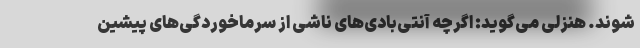
شوند. هنزلی می‌گوید: اگرچه آنتی‌بادی‌های ناشی از سرماخوردگی‌های پیشین